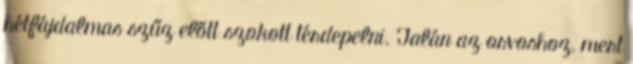
hétfájdalmas szűz előtt szokott térdepelni. Talán az orvoshoz, mert